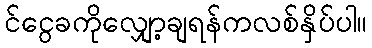
င်ငွေခကိုလျှော့ချရန်ကလစ်နှိပ်ပါ။